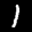
Label: 1